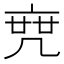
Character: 𠅟